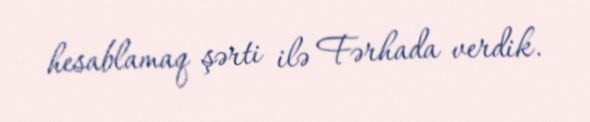
hesablamaq şərti ilə Fərhada verdik.